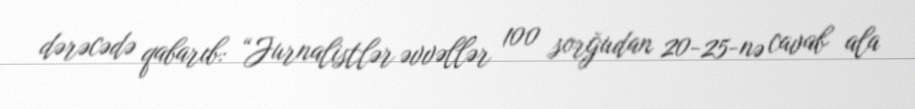
dərəcədə qabarıb: “Jurnalistlər əvvəllər 100 sorğudan 20-25-nə cavab ala